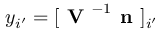
y _ { i ^ { \prime } } = [ \textbf { V } ^ { - 1 } \textbf { n } ] _ { i ^ { \prime } }